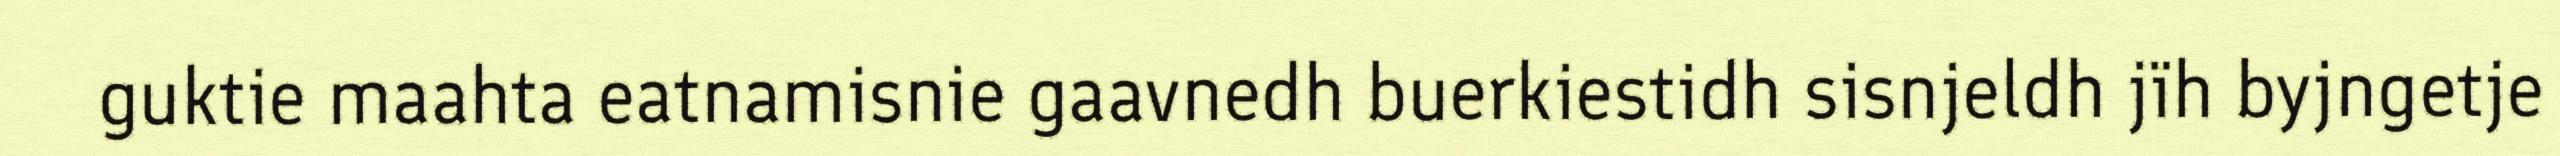
guktie maahta eatnamisnie gaavnedh buerkiestidh sisnjeldh jïh byjngetje